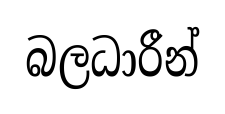
බලධාරීන්